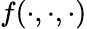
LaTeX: f(\cdot,\cdot,\cdot)